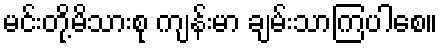
မင်းတို့မိသားစု ကျန်းမာ ချမ်းသာကြပါစေ။